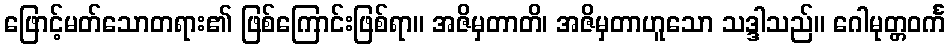
ဖြောင့်မတ်သောတရား၏ ဖြစ်ကြောင်းဖြစ်ရာ။ အဇိမှတာတိ၊ အဇိမှတာဟူသော သဒ္ဒါသည်။ ဂေါမုတ္တဝင်္က